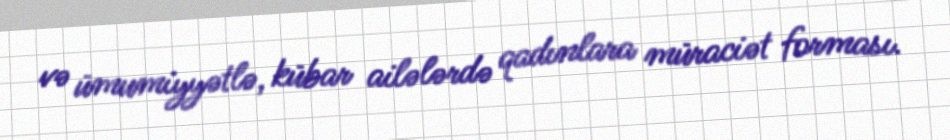
və ümumiyyətlə, kübar ailələrdə qadınlara müraciət forması.